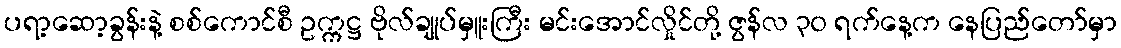
ပရာ့ဆော့ခွန်းနဲ့ စစ်ကောင်စီ ဥက္ကဋ္ဌ ဗိုလ်ချုပ်မှူးကြီး မင်းအောင်လှိုင်တို့ ဇွန်လ ၃၀ ရက်နေ့က နေပြည်တော်မှာ